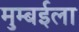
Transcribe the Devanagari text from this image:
मुम्बईला